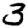
Digit: 3